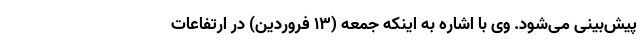
پیش‌بینی می‌شود. وی با اشاره به اینکه جمعه (۱۳ فروردین) در ارتفاعات